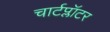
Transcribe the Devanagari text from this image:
चार्टप्लॉटर